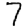
Digit: 7